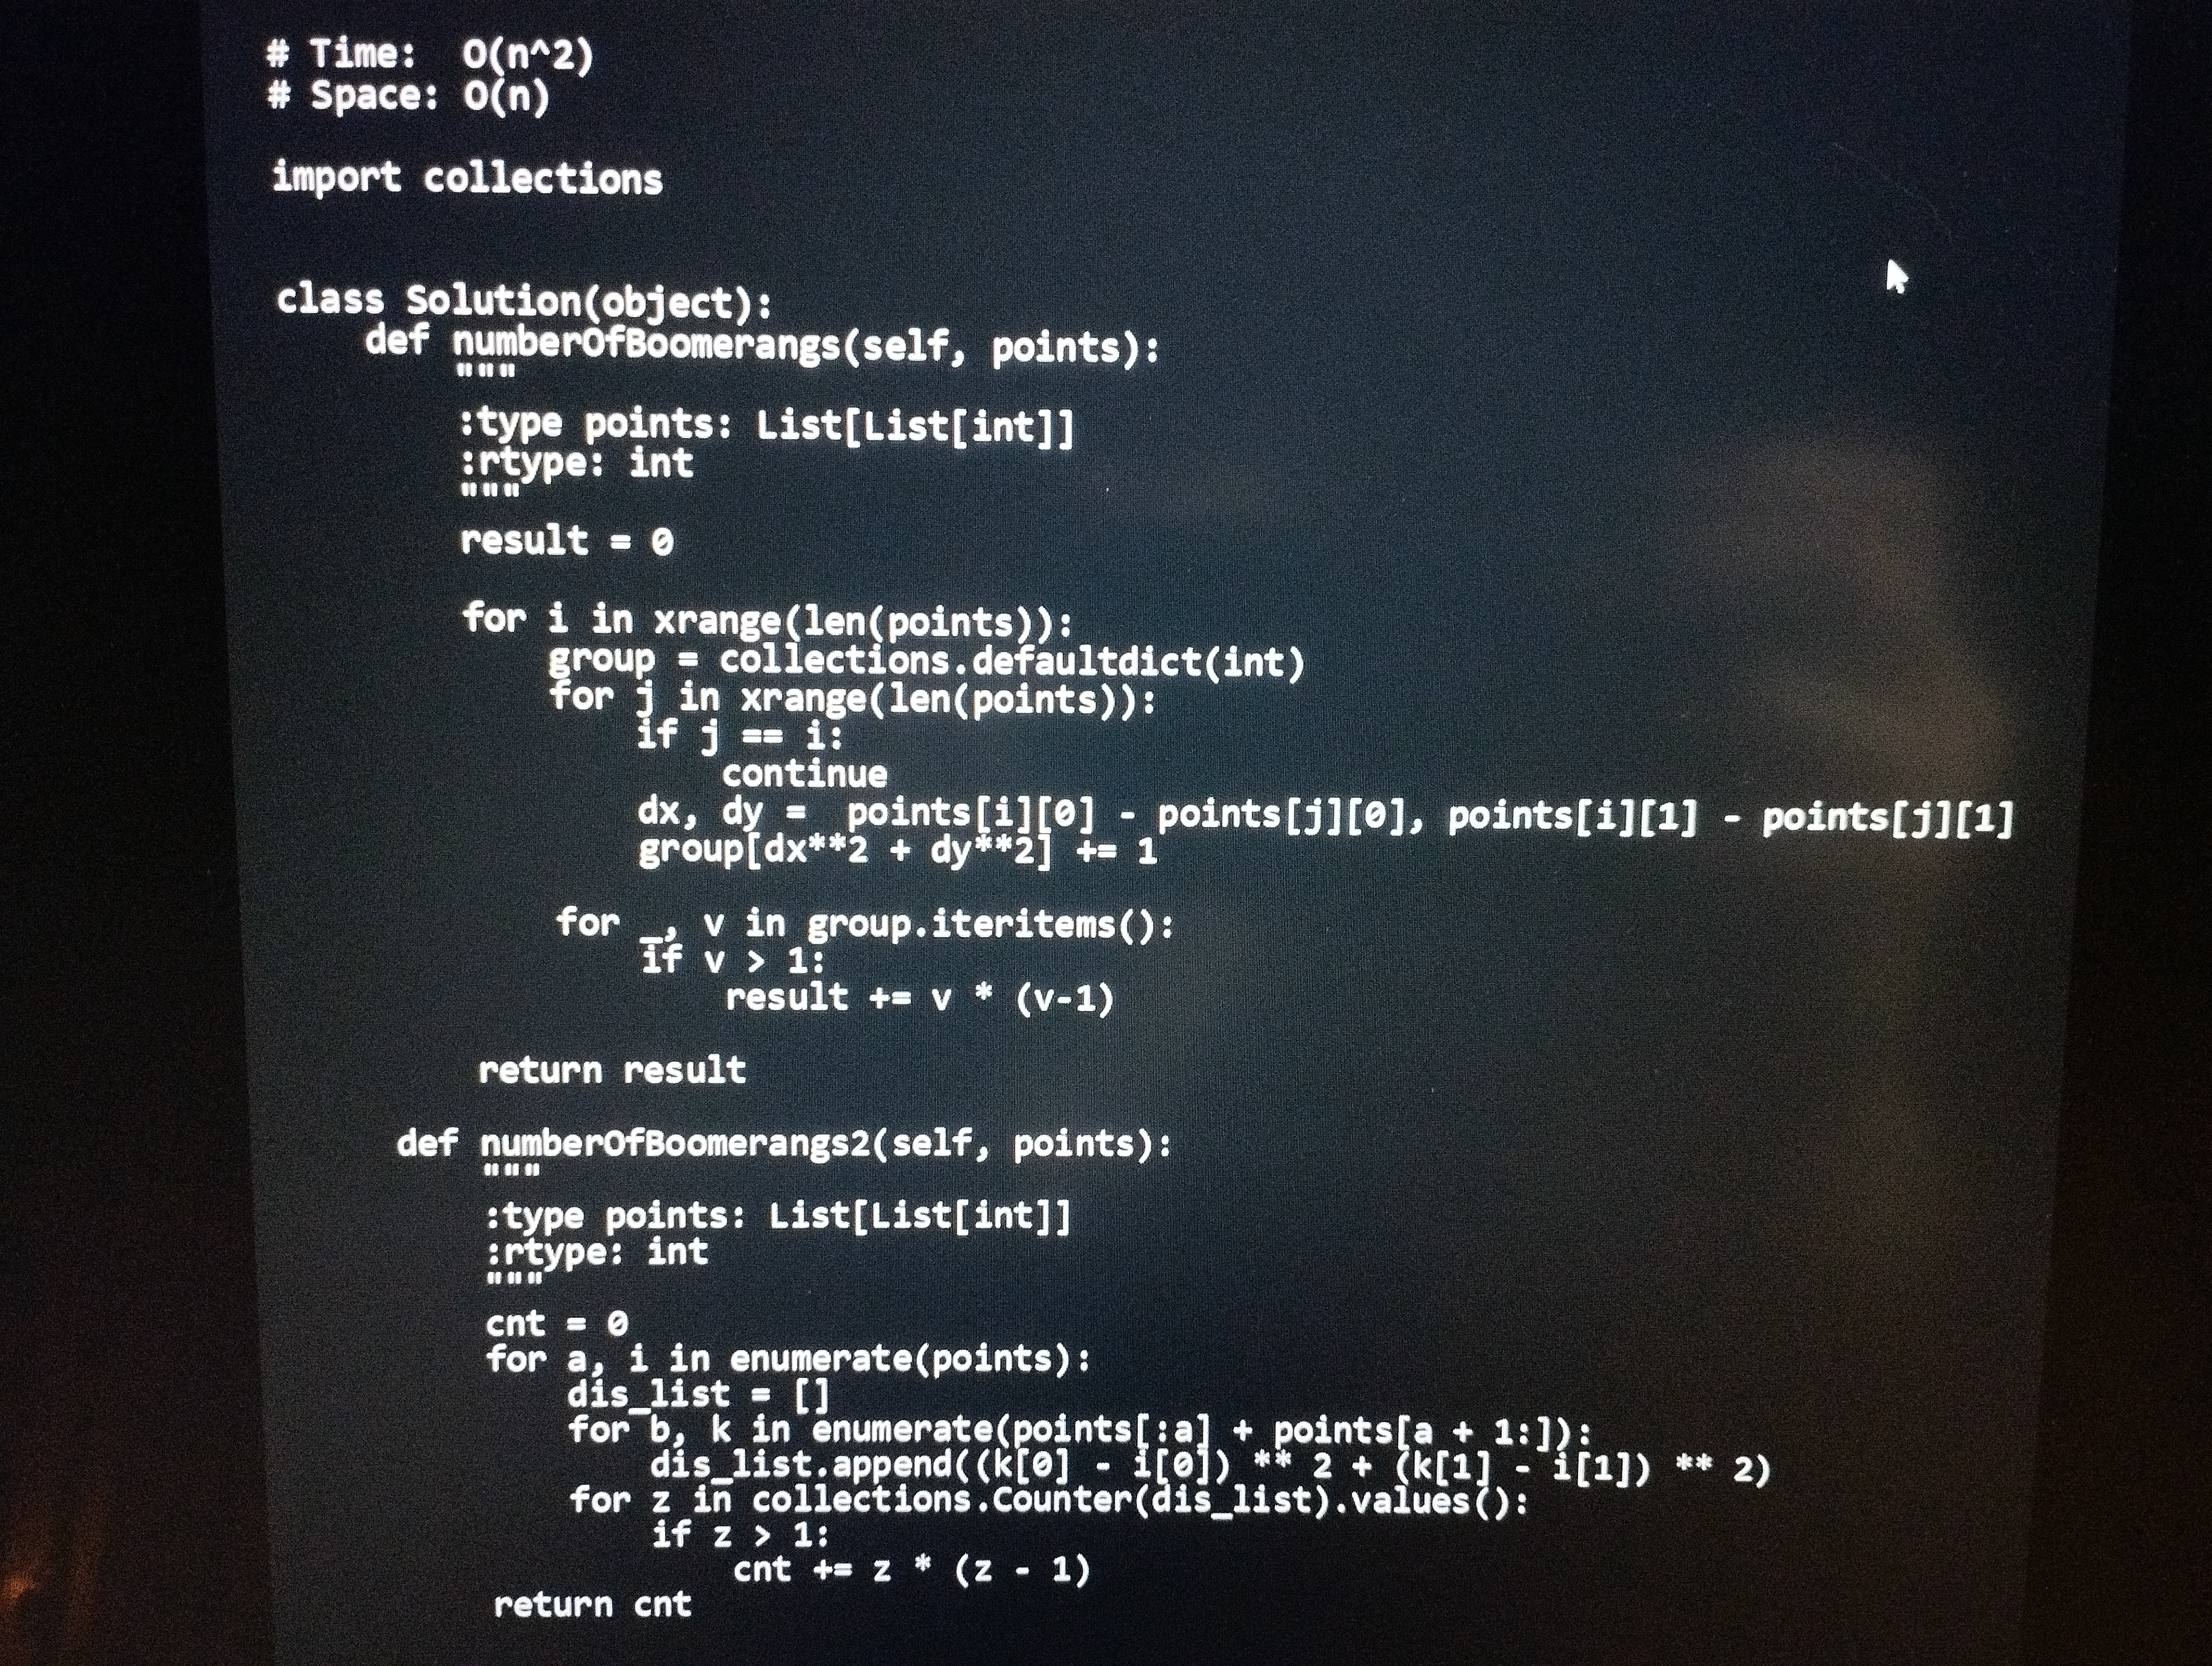
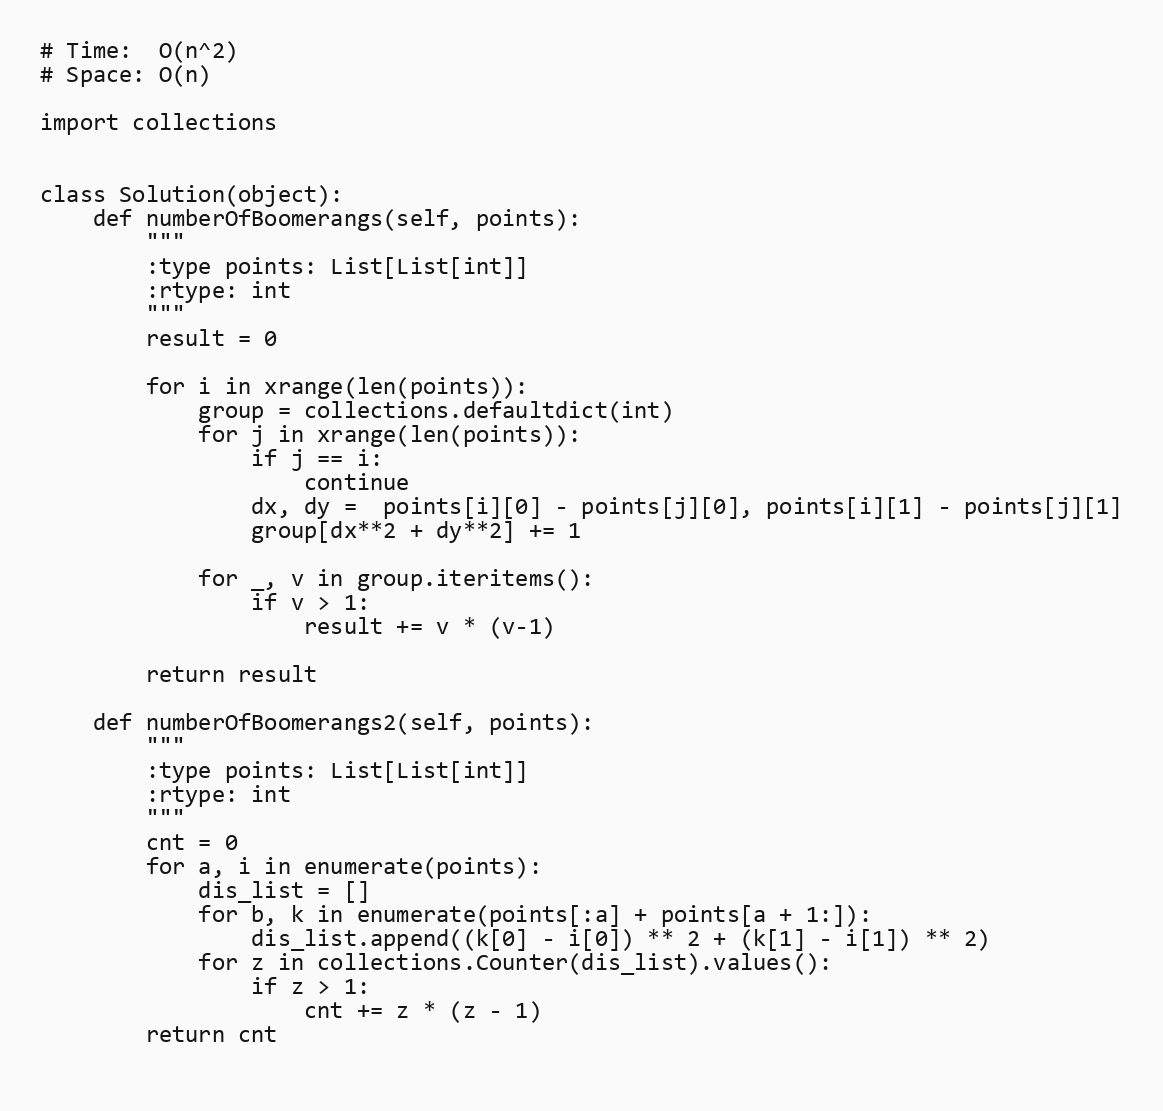
# Time:  O(n^2)
# Space: O(n)

import collections

class Solution(object):
    def numberOfBoomerangs(self, points):
        """
        :type points: List[List[int]]
        :rtype: int
        """
        result = 0

        for i in xrange(len(points)):
            group = collections.defaultdict(int)
            for j in xrange(len(points)):
                if j == i:
                    continue
                dx, dy =  points[i][0] - points[j][0], points[i][1] - points[j][1]
                group[dx**2 + dy**2] += 1

            for _, v in group.iteritems():
                if v > 1:
                    result += v * (v-1)

        return result

    def numberOfBoomerangs2(self, points):
        """
        :type points: List[List[int]]
        :rtype: int
        """
        cnt = 0
        for a, i in enumerate(points):
            dis_list = []
            for b, k in enumerate(points[:a] + points[a + 1:]):
                dis_list.append((k[0] - i[0]) ** 2 + (k[1] - i[1]) ** 2)
            for z in collections.Counter(dis_list).values():
                if z > 1:
                    cnt += z * (z - 1)
        return cnt